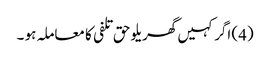
(4) اگر کہیں گھریلو حق تلفی کا معاملہ ہو ۔